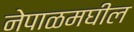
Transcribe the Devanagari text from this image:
नेपाळमघील